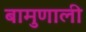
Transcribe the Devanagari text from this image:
बामुणाली